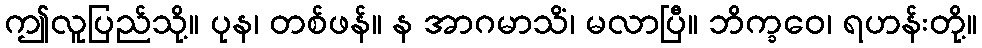
ဤလူပြည်သို့။ ပုန၊ တစ်ဖန်။ န အာဂမာသိံ၊ မလာပြီ။ ဘိက္ခဝေ၊ ရဟန်းတို့။